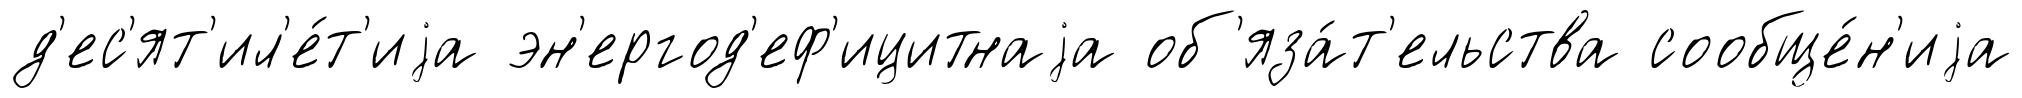
д'ес'ят'ил'е́т'иjа эн'ергод'еф'ицитнаjа об'яза́т'ельства сообще́н'иjа